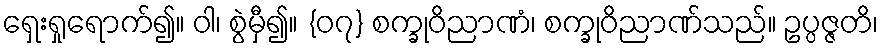
ရှေးရှုရောက်၍။ ဝါ၊ စွဲမှီ၍။ {၀၇} စက္ခုဝိညာဏံ၊ စက္ခုဝိညာဏ်သည်။ ဥပ္ပဇ္ဇတိ၊